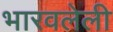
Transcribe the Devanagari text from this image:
भारवलेली